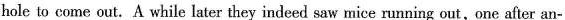
hole to come out. A while later they indeed saw mice running out,one after an-